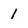
Character: 1